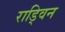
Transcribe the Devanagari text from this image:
राड्विन